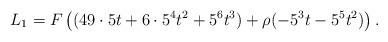
LaTeX: \begin{align*}L_1=F\left((49\cdot 5t+6\cdot 5^4 t^2+5^6 t^3)+\rho (-5^3t-5^5t^2) \right).\end{align*}